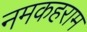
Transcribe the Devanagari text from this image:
नमकहराम